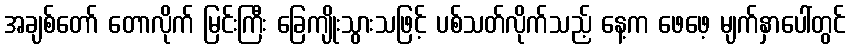
အချစ်တော် တောလိုက် မြင်းကြီး ခြေကျိုးသွားသဖြင့် ပစ်သတ်လိုက်သည့် နေ့က ဖေဖေ့ မျက်နှာပေါ်တွင်